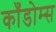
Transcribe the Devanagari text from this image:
काँडोम्स